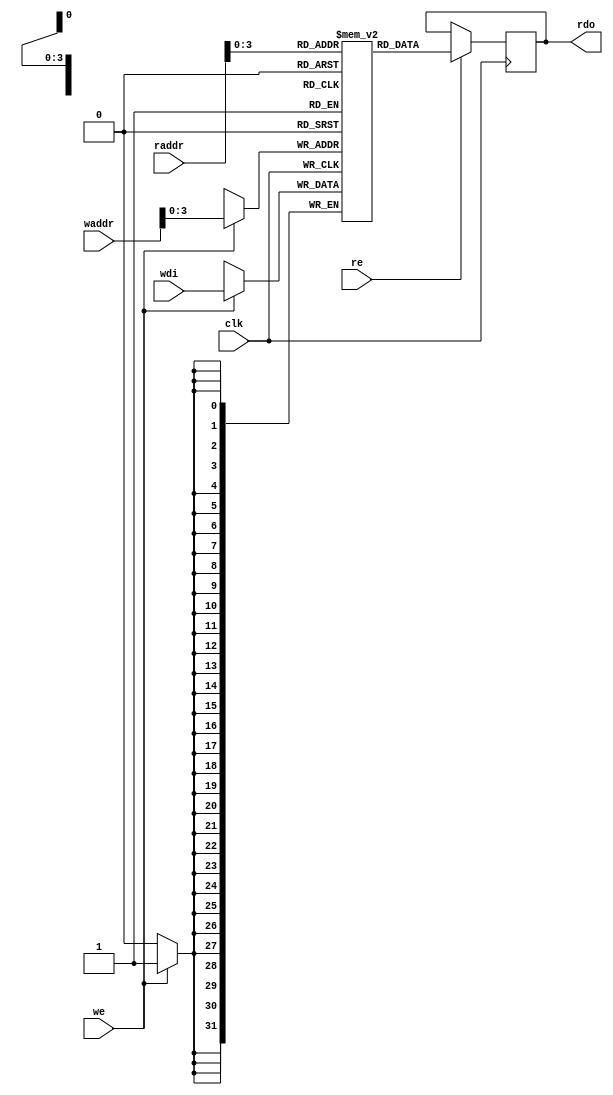
module bram11 (clk, we, re, waddr, raddr, wdi, rdo);
    `define RAMinitFile "./init.dat"
    parameter ADDR_WIDTH = 12;
    parameter SIZE = 11;
    parameter BIT_WIDTH = 32;
    input                          clk;
    input                          we, re;
    input [ADDR_WIDTH-1:0]         waddr, raddr;
    input [BIT_WIDTH-1:0]          wdi;
    output reg [BIT_WIDTH-1:0]     rdo;
    reg [BIT_WIDTH-1:0] RAM [SIZE-1:0];
    /////initial $readmemh(`RAMinitFile, RAM);

    wire [BIT_WIDTH-1:0] ram0 = RAM[0];
    wire [BIT_WIDTH-1:0] ram1 = RAM[1];
    wire [BIT_WIDTH-1:0] ram2 = RAM[2];
    wire [BIT_WIDTH-1:0] ram3 = RAM[3];
    wire [BIT_WIDTH-1:0] ram4 = RAM[4];
    wire [BIT_WIDTH-1:0] ram5 = RAM[5];
    wire [BIT_WIDTH-1:0] ram6 = RAM[6];
    wire [BIT_WIDTH-1:0] ram7 = RAM[7];
    wire [BIT_WIDTH-1:0] ram8 = RAM[8];
    wire [BIT_WIDTH-1:0] ram9 = RAM[9];
    wire [BIT_WIDTH-1:0] ram10 = RAM[10];
    
    
    always @(posedge clk)begin
        if(re) rdo <= RAM[raddr];
    end
    
    always @(posedge clk)begin
        if(we) RAM[waddr] <= wdi;
    end
    
endmodule